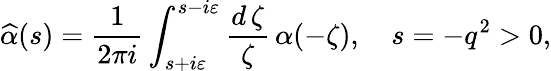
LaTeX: \widehat{\alpha}(s)=\frac{1}{2\pi i}\int_{s+i\varepsilon}^{s-i\varepsilon}\frac{d\, \zeta}{\zeta}\, \alpha(-\zeta),\quad s=-q^{2}>0,